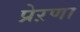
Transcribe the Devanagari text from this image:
प्रेऱणा